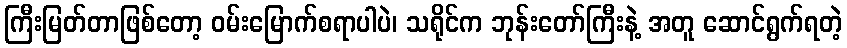
ကြီးမြတ်တာဖြစ်တော့ ဝမ်းမြောက်စရာပါပဲ၊ သရိုင်က ဘုန်းတော်ကြီးနဲ့ အတူ ဆောင်ရွက်ရတဲ့